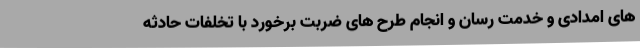
های امدادی و خدمت رسان و انجام طرح های ضربت برخورد با تخلفات حادثه